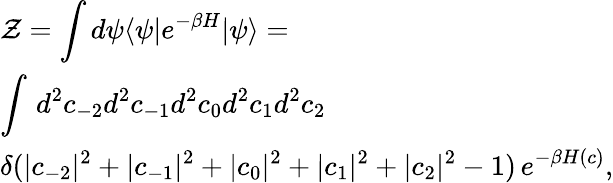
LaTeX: \begin{array}{l}{\displaystyle{\cal Z}=\int d\psi\langle\psi|e^{-\beta H}|\psi\rangle=}\\ {\displaystyle\int\, d^{2}c_{-2}d^{2}c_{-1}d^{2}c_{0}d^{2}c_{1}d^{2}c_{2}\, }\\ {\displaystyle\delta(|c_{-2}|^{2}+|c_{-1}|^{2}+|c_{0}|^{2}+|c_{1}|^{2}+|c_{2}|^{2}-1)\, e^{-\beta H(c)},}\end{array}